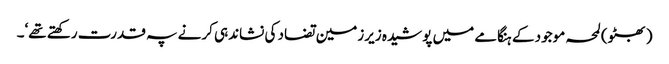
(بھٹو) لمحہ موجود کے ہنگامے میں پوشیدہ زیرزمین تضاد کی نشاندہی کرنے پہ قدرت رکھتے تھے‘۔